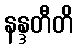
နန္ဒတီတိ